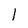
Character: l